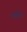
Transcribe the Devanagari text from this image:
लारेह